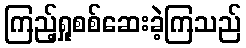
ကြည့်ရှုစစ်ဆေးခဲ့ကြသည်